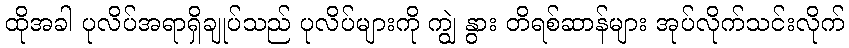
ထိုအခါ ပုလိပ်အရာရှိချုပ်သည် ပုလိပ်များကို ကျွဲ နွား တိရစ်ဆာန်များ အုပ်လိုက်သင်းလိုက်